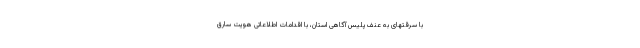
با سرقتهای به عنف پلیس آگاهی استان، با اقدامات اطلاعاتی هویت سارق